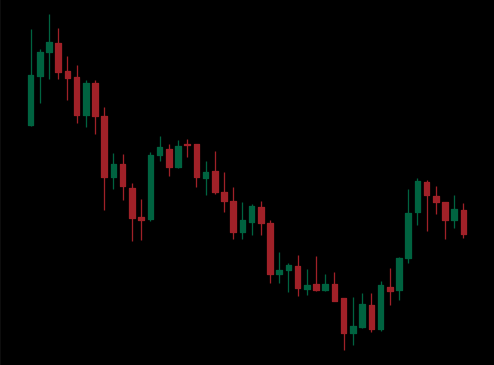
Pattern: bull_flag